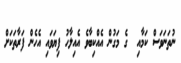
ނުތަނަވަސް ކަމާއި  ގެ މަގުން އެއްކިބާވެ އެއިލާހު ފިޔަވައި އެހެން ފަރާތަކަށް